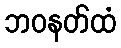
ဘဝနတ်ထံ